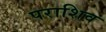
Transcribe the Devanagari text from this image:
पराशिव